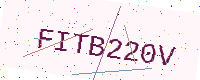
Text: FITB220V